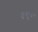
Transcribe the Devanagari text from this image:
हुमुर